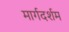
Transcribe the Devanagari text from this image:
मार्गदर्शम